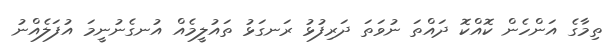
ތިމާގެ އަންހެން ކޮއްކޮ ދައްތަ ނުވަތަ ދަރިފުޅު ރަނގަޅު ތައުލީމެެއް އުުނގެނުނީމަ އުފަލެއްނު